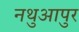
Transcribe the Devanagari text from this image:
नथुआपुर